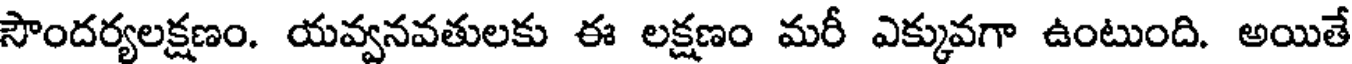
సౌందర్యలక్షణం. యవ్వనవతులకు ఈ లక్షణం మరీ ఎక్కువగా ఉంటుంది. అయితే